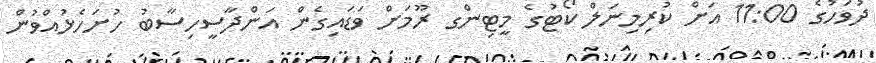
ދުވަހުގެ 11:00 އަށް ކުރިމިނަލް ކޯޓުގެ މީޓިންގ ރޫމަށް ވަޑައިގެން އަންދާސީހިސާބު ހުށަހެޅުއްވުން